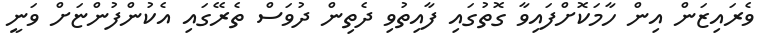
ވެރައިޒަން އިން ހާމަކޮށްފައިވާ ގޮތުގައި ފާއިތުވި ދެތިން ދުވަސް ތެރޭގައި އެކުންފުންޏަށް ވަނީ